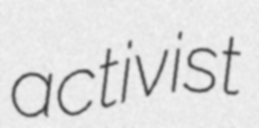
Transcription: activist